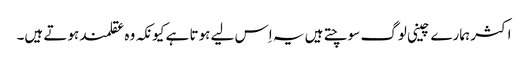
اکثر ہمارے چینی لوگ سوچتے ہیں یہ اِس لیے ہوتا ہے کیونکہ وہ عقلمند ہوتے ہیں۔